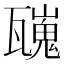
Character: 𱰑